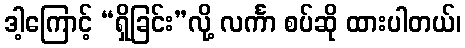
ဒါ့ကြောင့် “ရှိခြင်း”လို့ လင်္ကာ စပ်ဆို ထားပါတယ်၊